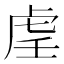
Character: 𫊟